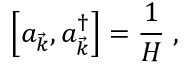
\left[ a _ { \vec { k } } , a _ { \vec { k } } ^ { \dagger } \right] = { \frac { 1 } { H } } \; ,